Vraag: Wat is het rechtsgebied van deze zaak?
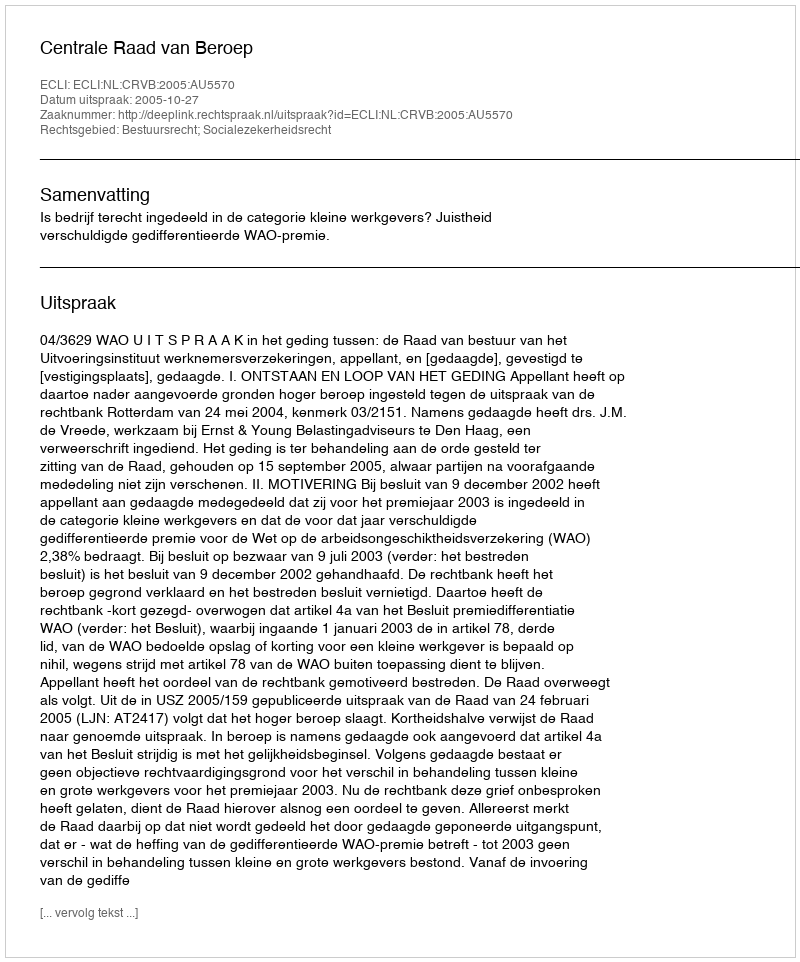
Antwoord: Bestuursrecht; Socialezekerheidsrecht